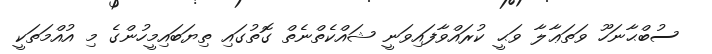
ސުބްޙާނަހޫ ވަތަޢާލާ ވަޙީ ކުރައްވާފައިވަނީ ޝައްކެތްނެތް ގޮތުގައި ތިޔަބައިމީހުންގެ މި އުއްމަތަކީ